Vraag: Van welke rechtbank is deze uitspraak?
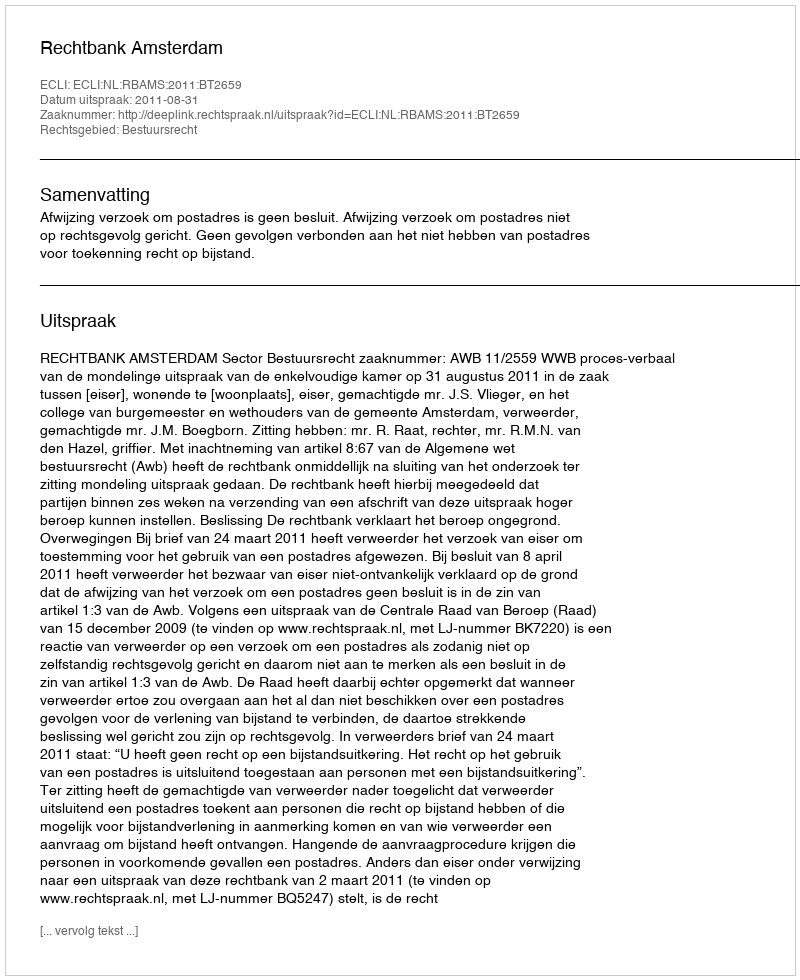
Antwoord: Rechtbank Amsterdam